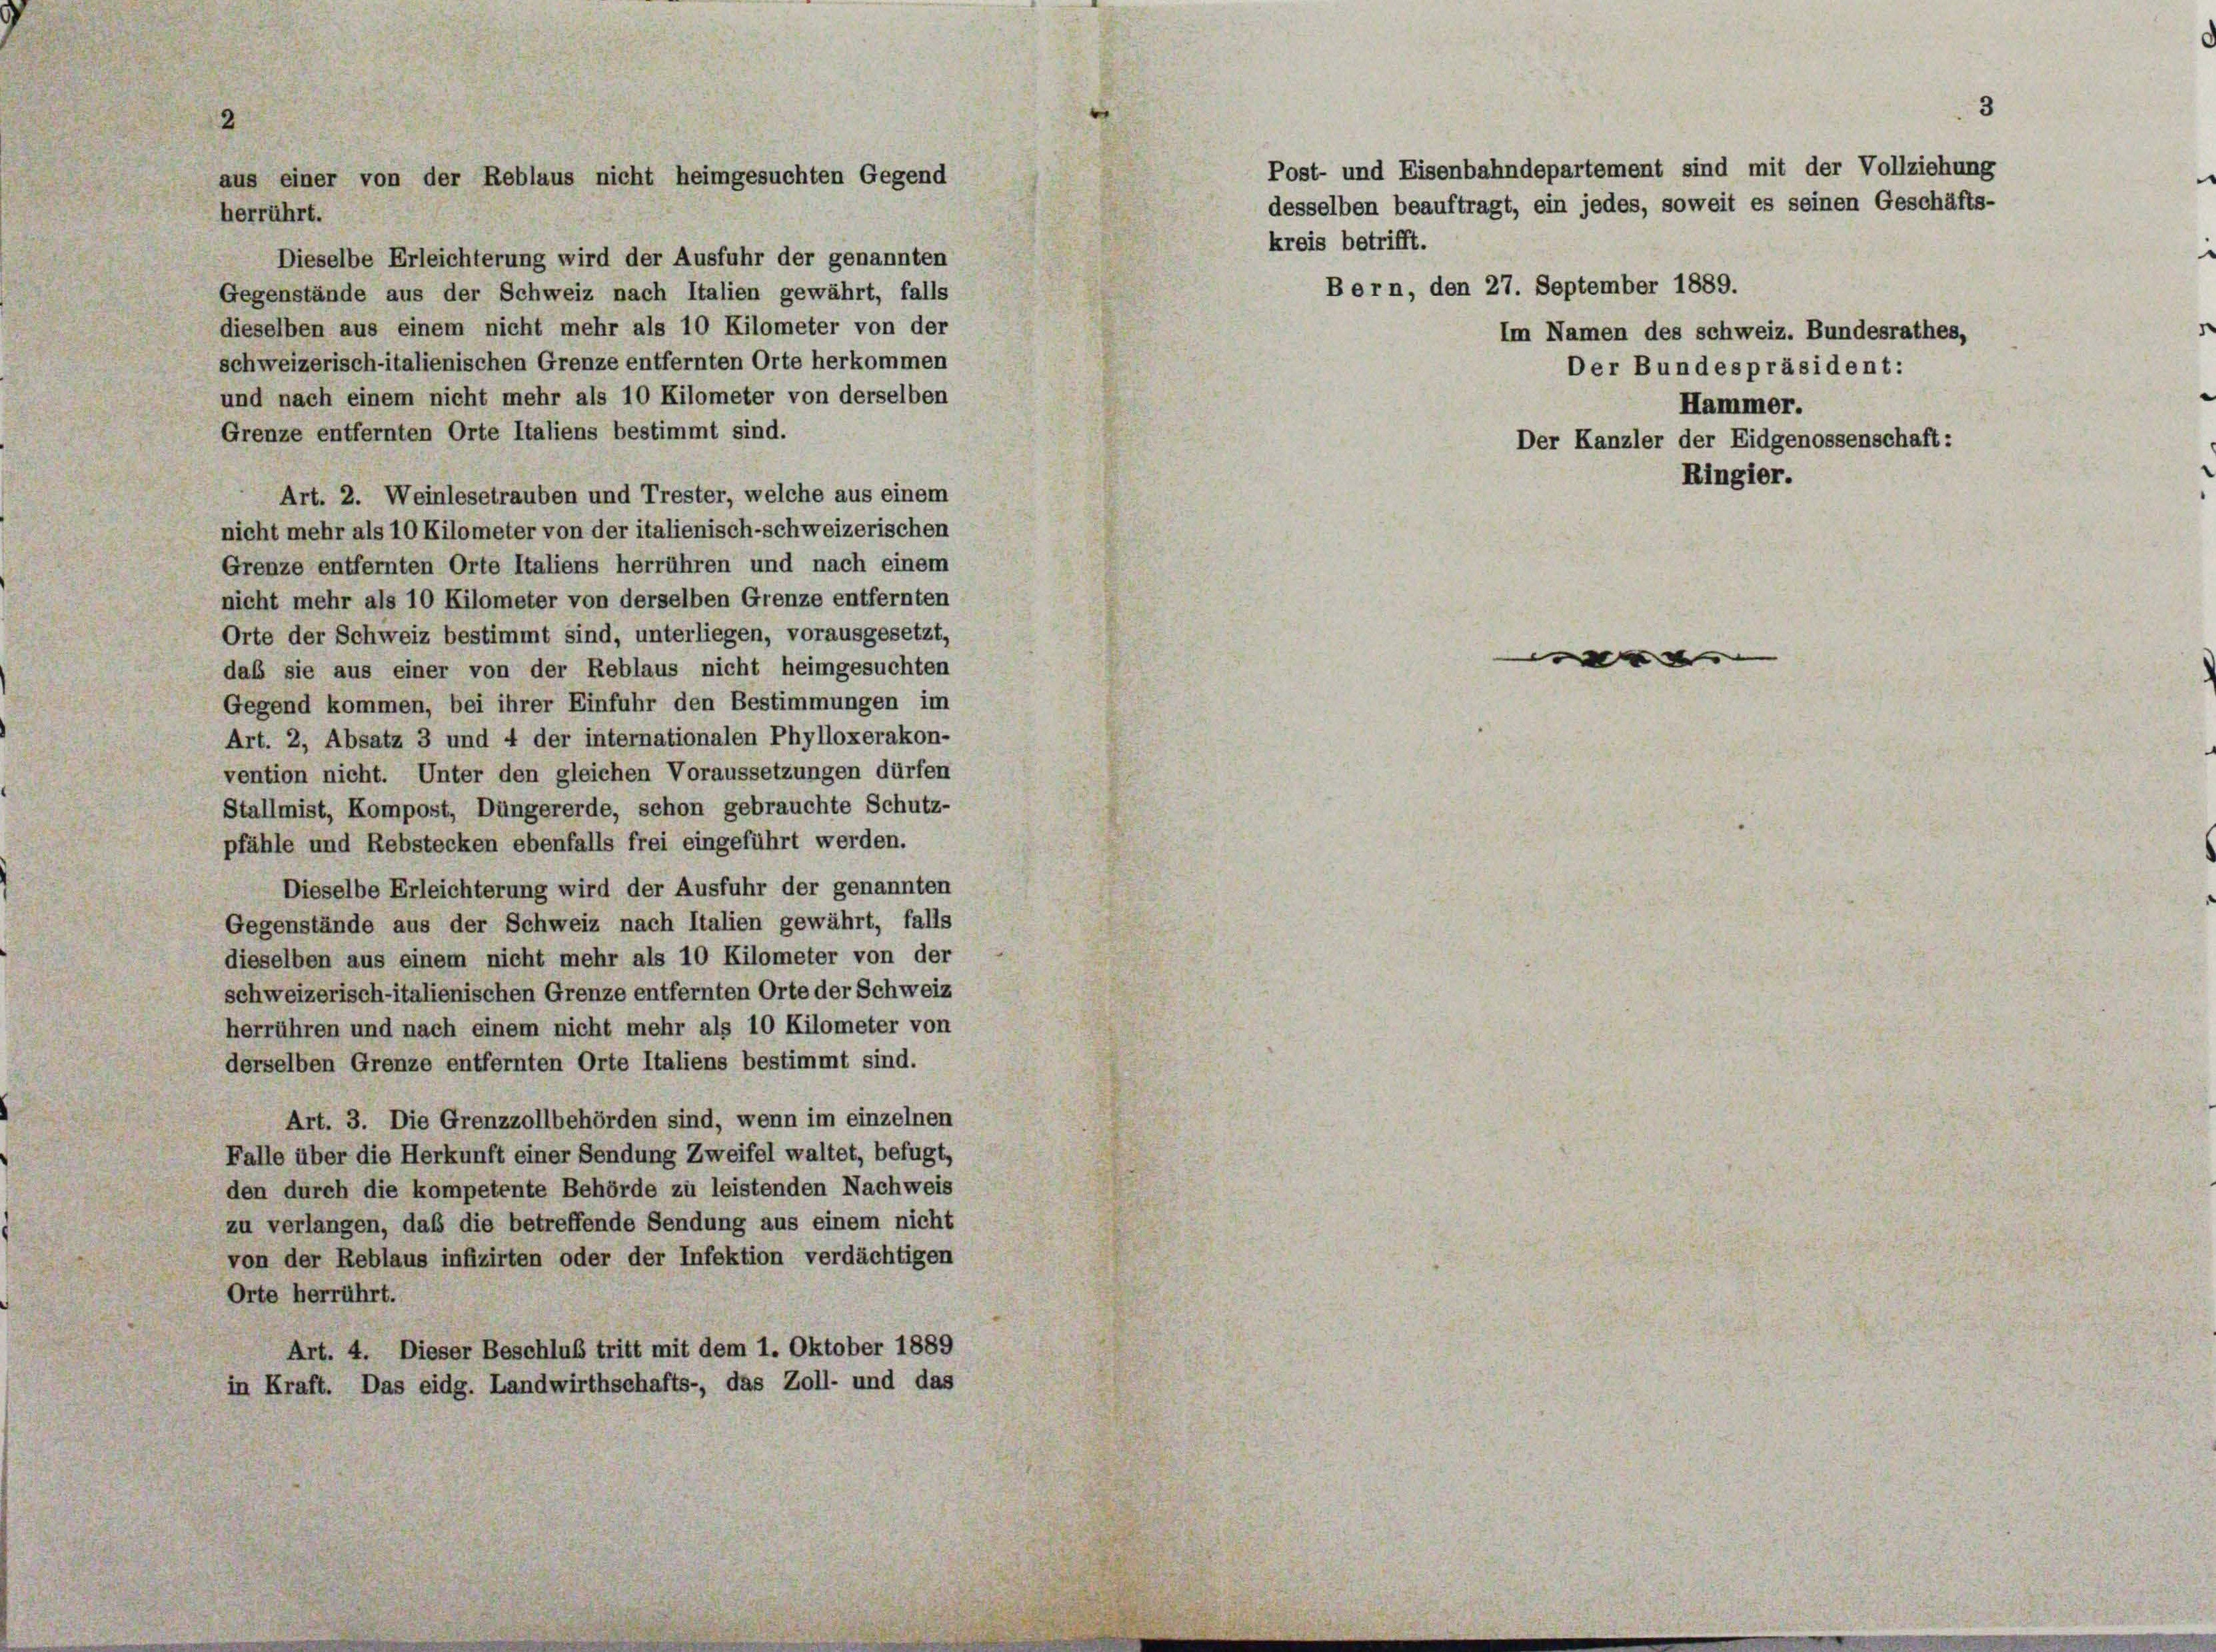
aus einer von der Reblaus nicht heimgesuchten Gegend
herrührt.

Dieselbe Erleichterung wird der Ausfuhr der genannten
Gegenstände aus der Schweiz nach Italien gewährt, falls
dieselben aus einem nicht mehr als 10 Kilometer von der
schweizerisch-italienischen Grenze entfernten Orte herkommen
und nach einem nicht mehr als 10 Kilometer von derselben
Grenze entfernten Orte Italiens bestimmt sind.
Art. 2. Weinlesetrauben und Trester, welche aus einem
nicht mehr als 10 Kilometer von der italienisch-schweizerischen
Grenze entfernten Orte Italiens herrühren und nach einem
nicht mehr als 10 Kilometer von derselben Grenze entfernten
Orte der Schweiz bestimmt sind, unterliegen, vorausgesetzt,
daß sie aus einer von der Reblaus nicht heimgesuchten
Gegend kommen, bei ihrer Einfuhr den Bestimmungen im
Art. 2, Absatz 3 und 4 der internationalen Phylloxerakon-
vention nicht. Unter den gleichen Voraussetzungen dürfen
Stallmist, Kompost, Düngererde, schon gebrauchte Schutz-
pfähle und Rebstecken ebenfalls frei eingeführt werden.
Dieselbe Erleichterung wird der Ausfuhr der genannten
Gegenstände aus der Schweiz nach Italien gewährt, falls
dieselben aus einem nicht mehr als 10 Kilometer von der
schweizerisch-italienischen Grenze entfernten Orte der Schweiz
herrühren und nach einem nicht mehr als 10 Kilometer von
derselben Grenze entfernten Orte Italiens bestimmt sind.
Art. 3. Die Grenzzollbehörden sind, wenn im einzelnen
Falle über die Herkunft einer Sendung Zweifel waltet, befugt,
den durch die kompetente Behörde zu leistenden Nachweis
zu verlangen, daß die betreffende Sendung aus einem nicht
von der Reblaus infizirten oder der Infektion verdächtigen
Orte herrührt.
Art. 4. Dieser Beschluß tritt mit dem 1. Oktober 1889
in Kraft. Das eidg. Landwirthschafts-, das Zoll- und das

Post- und Eisenbahndepartement sind mit der Vollziehung
desselben beauftragt, ein jedes, soweit es seinen Geschäfts-
kreis betrifft.

Bern, den 27. September 1889.

Im Namen des schweiz. Bundesrathes,
Der Bundespräsident:
Hammer.
Der Kanzler der Eidgenossenschaft:
Ringler.

e

3